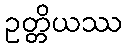
ဥတ္တိယဿ